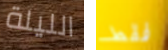
الليلة فقط